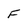
Character: F